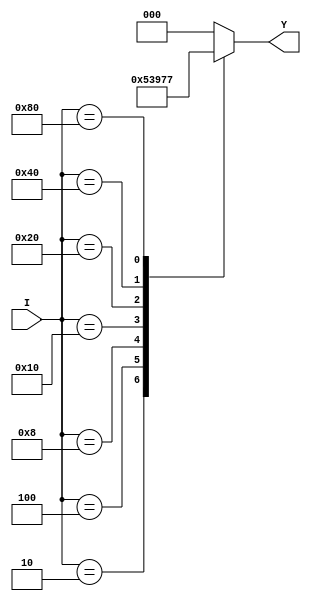
module octal_to_binary_encoder (
    input wire [7:0] I,    // 8-bit octal input
    output reg [2:0] Y     // 3-bit binary output
);

// Combinational logic to determine the output based on the active input
always @(*) begin
    case (I)
        8'b00000001: Y = 3'b000; // I0 active
        8'b00000010: Y = 3'b001; // I1 active
        8'b00000100: Y = 3'b010; // I2 active
        8'b00001000: Y = 3'b011; // I3 active
        8'b00010000: Y = 3'b100; // I4 active
        8'b00100000: Y = 3'b101; // I5 active
        8'b01000000: Y = 3'b110; // I6 active
        8'b10000000: Y = 3'b111; // I7 active
        default:      Y = 3'b000; // No input active (default output)
    endcase
end

endmodule